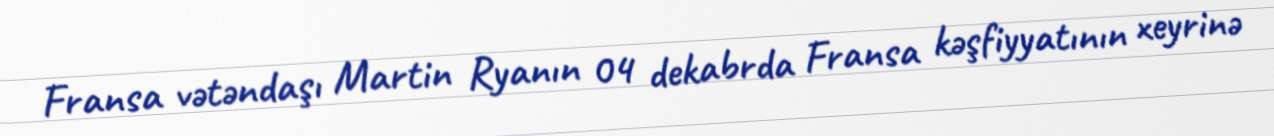
Fransa vətəndaşı Martin Ryanın 04 dekabrda Fransa kəşfiyyatının xeyrinə